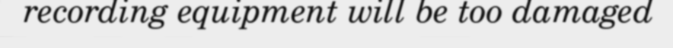
recording equipment will be too damaged